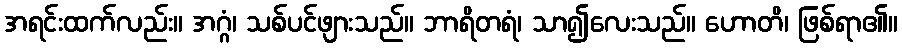
အရင်းထက်လည်း။ အဂ္ဂံ၊ သစ်ပင်ဖျားသည်။ ဘာရိတရံ၊ သာ၍လေးသည်။ ဟောတိ၊ ဖြစ်ရာ၏။